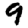
Digit: 9